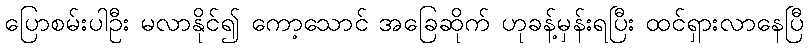
ပြောစမ်းပါဦး မလာနိုင်၍ ကော့သောင် အခြေဆိုက် ဟုခန့်မှန်းရပြီး ထင်ရှားလာနေပြီ